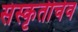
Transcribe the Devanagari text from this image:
संस्कृतीचेव